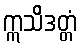
ဣသိဒတ္တံ